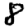
Digit: 8